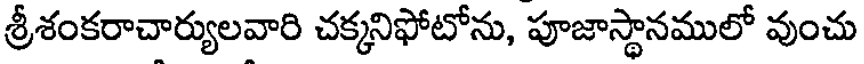
శ్రీశంకరాచార్యులవారి చక్కనిఫోటోను, పూజాస్థానములో వుంచు